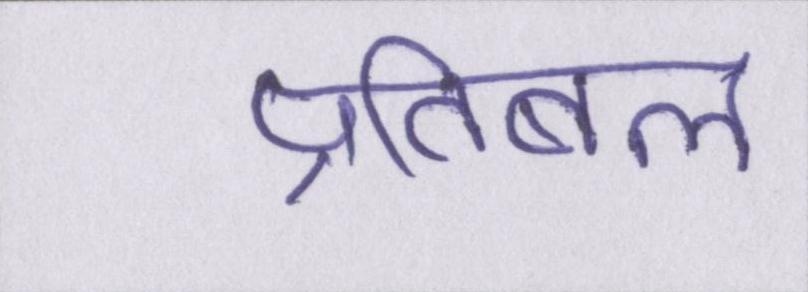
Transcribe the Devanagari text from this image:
प्रतिबल